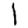
Digit: 1